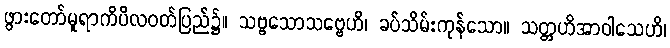
ဖွားတော်မူရာကိပိလဝတ်ပြည်၌။ သဗ္ဗသောသဗ္ဗေဟိ၊ ခပ်သိမ်းကုန်သော။ သတ္တဟိအာဝါသေဟိ၊